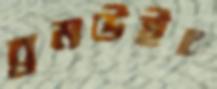
ব্রমউইচ